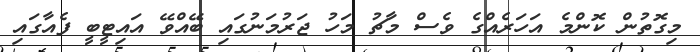
މިގޮތުން ކޮންމެ އަހަރެއްގެ ވެސް މާޗު މަހު ޖަރުމަނުގައި ބޭއްވޭ އައިޓީބީ ފެއާގައި